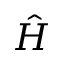
\hat { H }